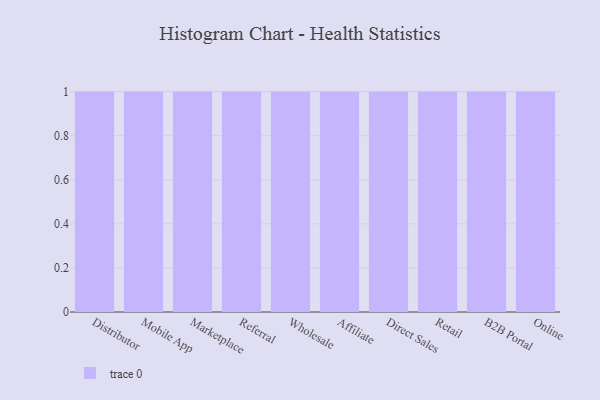
{"axis": {"x": "Channel", "y": "Market Share (%)"}, "legend": [""], "data": [{"x": "Distributor", "y": 79, "type": ""}, {"x": "Mobile App", "y": 42, "type": ""}, {"x": "Marketplace", "y": 81, "type": ""}, {"x": "Referral", "y": 48, "type": ""}, {"x": "Wholesale", "y": 21, "type": ""}, {"x": "Affiliate", "y": 74, "type": ""}, {"x": "Direct Sales", "y": 64, "type": ""}, {"x": "Retail", "y": 15, "type": ""}, {"x": "B2B Portal", "y": 87, "type": ""}, {"x": "Online", "y": 87, "type": ""}]}